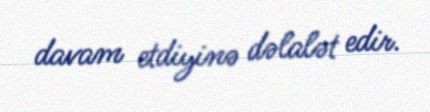
davam etdiyinə dəlalət edir.